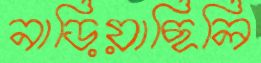
নাড়িয়াছিলি